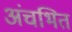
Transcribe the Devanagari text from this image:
अंचभित